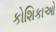
કોશિકાઓ